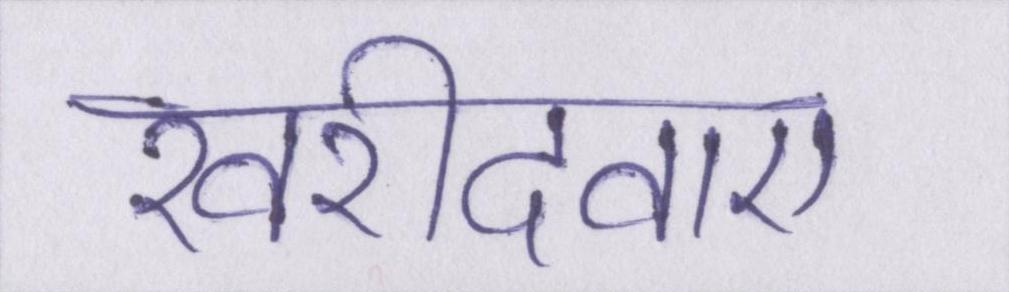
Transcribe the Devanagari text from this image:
खरीदवाए